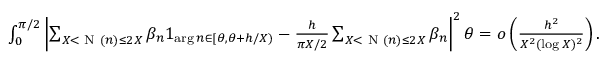
\begin{array} { r } { \int _ { 0 } ^ { \pi / 2 } \left| \sum _ { X < \textnormal { N } ( n ) \le 2 X } \beta _ { n } 1 _ { \arg n \in [ \theta , \theta + h / X ) } - \frac { h } { \pi X / 2 } \sum _ { X < \textnormal { N } ( n ) \le 2 X } \beta _ { n } \right| ^ { 2 } \d \theta = o \left( \frac { h ^ { 2 } } { X ^ { 2 } ( \log X ) ^ { 2 } } \right) . } \end{array}